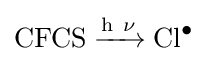
{\mathrm {CFCS} {}\mathrel {\xrightarrow {\mathrm {h} ~\mathrm {\nu } } } {}\mathrm {Cl} {\vphantom {A}}^{\bullet }}